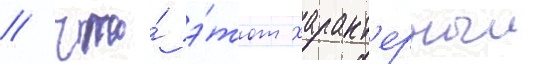
/ что́ э́тот характ'ерныи